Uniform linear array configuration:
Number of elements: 16
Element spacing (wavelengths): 0.5
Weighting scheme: binomial
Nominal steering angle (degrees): -30
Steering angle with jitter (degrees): -28.953
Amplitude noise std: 0.05
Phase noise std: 0.05

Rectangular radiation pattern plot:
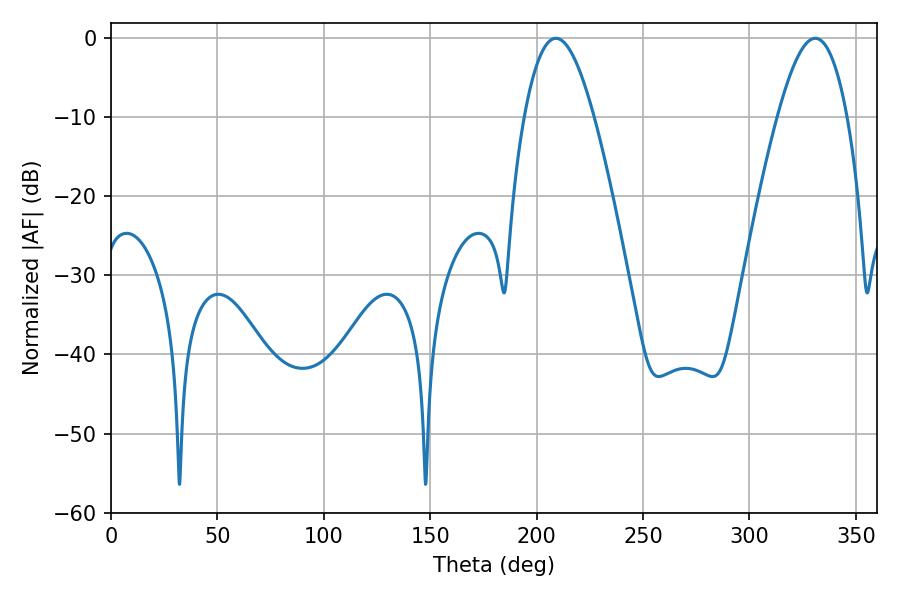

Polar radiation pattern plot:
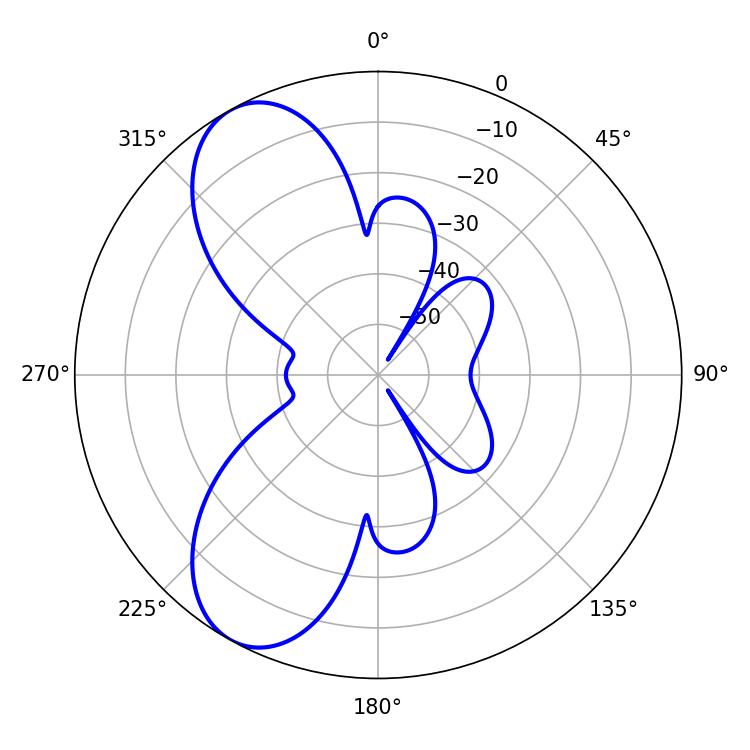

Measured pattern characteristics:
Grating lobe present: FALSE
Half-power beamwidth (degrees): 17.82
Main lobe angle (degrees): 208.98